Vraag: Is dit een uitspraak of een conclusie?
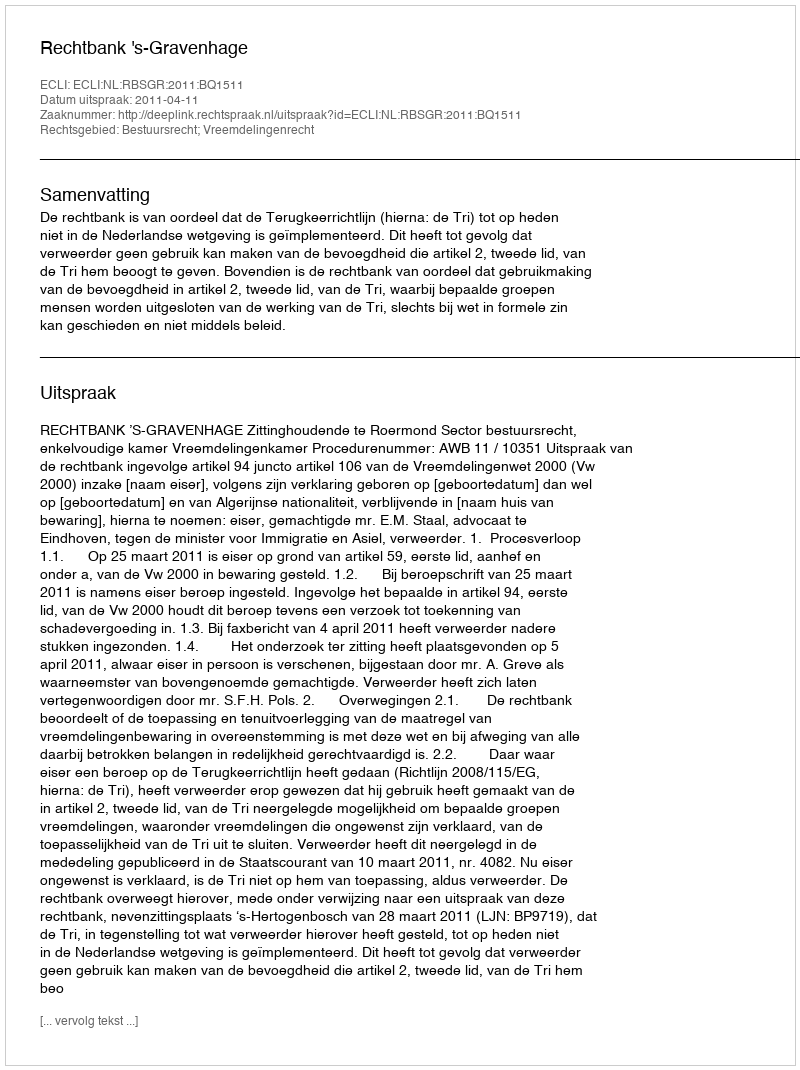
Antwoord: Uitspraak